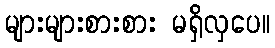
များများစားစား မရှိလှပေ။